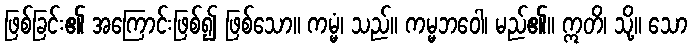
ဖြစ်ခြင်း၏ အကြောင်းဖြစ်၍ ဖြစ်သော။ ကမ္မံ၊ သည်။ ကမ္မဘဝေါ၊ မည်၏။ ဣတိ၊ သို့။ သော